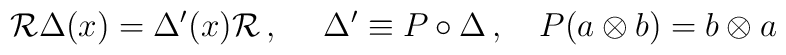
{\cal R}\Delta(x)=\Delta'(x){\cal R}\,,\ \ \ \ \Delta'\equiv P\circ\Delta\,,\ \ \ P(a\otimes b)=b\otimes a